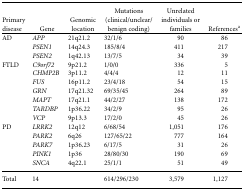
| Primary disease | Gene | Genomic location | Mutations (clinical/unclear/ benign coding) | Unrelated individuals or families | Referencesa |
 | --- | --- | --- | --- | --- | --- |
 | AD | APP | 21q21.2 | 32/1/6 | 90 | 86 |
 |  | PSEN1 | 14q24.3 | 185/8/4 | 411 | 217 |
 |  | PSEN2 | 1q42.13 | 13/7/5 | 34 | 39 |
 | FTLD | C9orf72 | 9p21.2 | 1/0/0 | 336 | 5 |
 |  | CHMP2B | 3p11.2 | 4/4/4 | 12 | 11 |
 |  | FUS | 16p11.2 | 23/4/18 | 54 | 15 |
 |  | GRN | 17q21.32 | 69/35/45 | 264 | 89 |
 |  | MAPT | 17q21.1 | 44/2/27 | 138 | 172 |
 |  | TARDBP | 1p36.22 | 34/2/9 | 95 | 26 |
 |  | VCP | 9p13.3 | 17/2/0 | 45 | 26 |
 | PD | LRRK2 | 12q12 | 6/68/54 | 1,051 | 176 |
 |  | PARK2 | 6q26 | 127/65/22 | 777 | 164 |
 |  | PARK7 | 1p36.23 | 6/17/5 | 31 | 26 |
 |  | PINK1 | 1p36 | 28/80/30 | 190 | 69 |
 |  | SNCA | 4q22.1 | 25/1/1 | 51 | 49 |
 | Total | 14 |  | 614/296/230 | 3,579 | 1,127 |